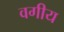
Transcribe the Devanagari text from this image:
वगीय